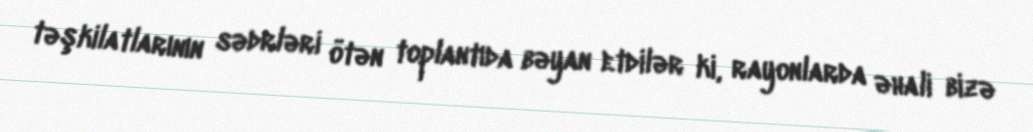
təşkilatlarının sədrləri ötən toplantıda bəyan etdilər ki, rayonlarda əhali bizə